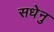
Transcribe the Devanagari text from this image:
सधेनु